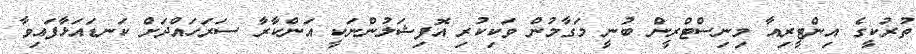
ތުރުކީގެ އިންޓީރިއާ މިނިސްޓްރީން ބުނީ މަގާމުން ވަކިކުރި އޮފިޝަލުންނަކީ އަންކާރާ ސަރަހައްދަށް ކަނޑައަޅާފައިވާ